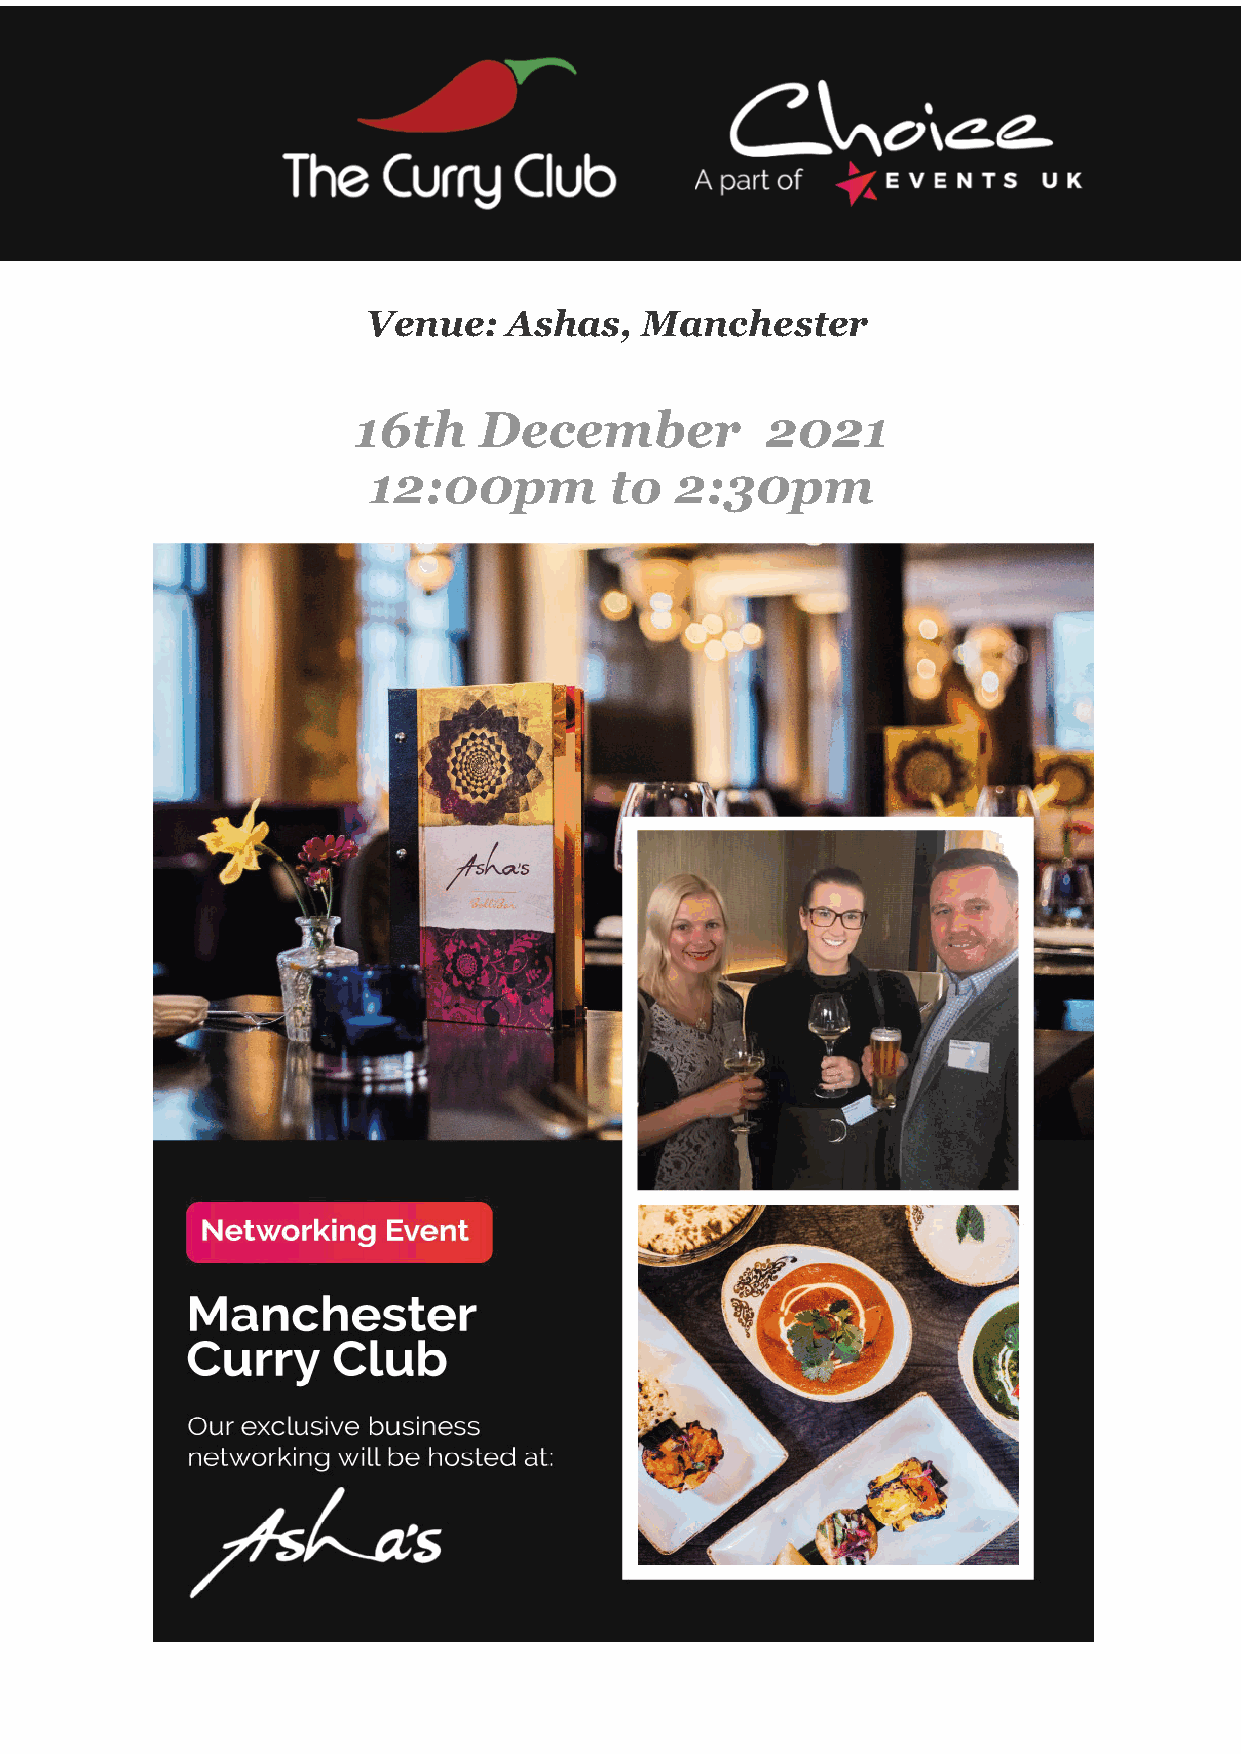
Venue:    Ashas,  Manchester
 16th     December           2021
 12:00pm         to   2:30pm